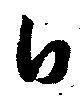
白